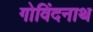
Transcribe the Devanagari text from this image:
गोविंदनाथ